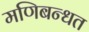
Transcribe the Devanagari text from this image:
मणिबन्धत